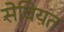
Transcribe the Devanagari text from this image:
सेवियत